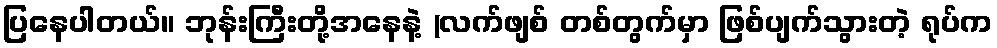
ပြနေပါတယ်။ ဘုန်းကြီးတို့အနေနဲ့ (လက်ဖျစ် တစ်တွက်မှာ ဖြစ်ပျက်သွားတဲ့ ရုပ်က